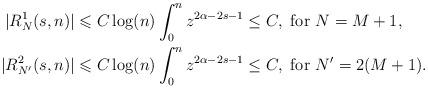
LaTeX: \begin{align*}|R_N^1(s,n)|&\leqslant C \log(n) \int_0^n z^{2\alpha-2s-1} \leq C, \ \textup{for} \ N = M+1, \\|R_{N'}^2(s,n)|&\leqslant C \log(n) \int_0^n z^{2\alpha-2s-1} \leq C, \ \textup{for} \ N'=2(M+1).\end{align*}